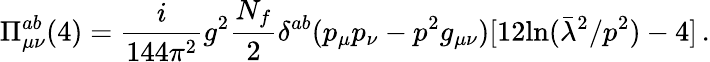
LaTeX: \Pi_{\mu\nu}^{ab}(4)=\frac i{144\pi^{2}}g^{2}\frac{N_{f}}{2}\delta^{ab}(p_{\mu}p_{\nu}-p^{2}g_{\mu\nu})[12\mathrm{ln}(\bar{\lambda}^{2}/p^{2})-4]\, .